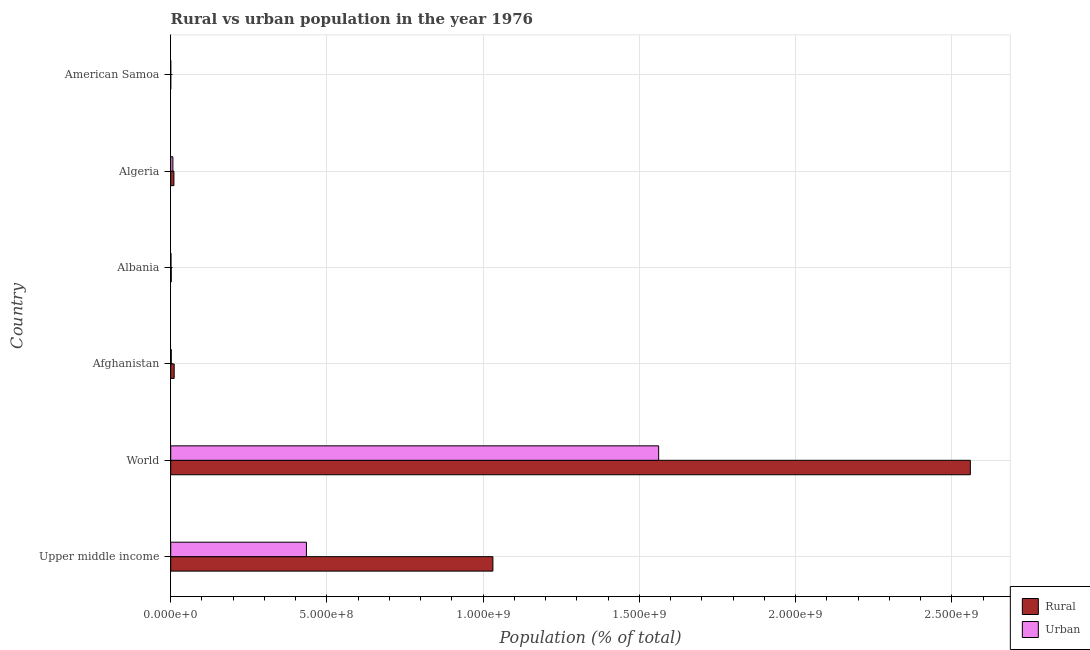
| Country | Rural | Urban |
 | --- | --- | --- |
 | Upper middle income | 1.03e+09 | 4.34e+08 |
 | World | 2.56e+09 | 1.56e+09 |
 | Afghanistan | 1.1e+07 | 1.8e+06 |
 | Albania | 1.65e+06 | 8.09e+05 |
 | Algeria | 1.02e+07 | 6.96e+06 |
 | American Samoa | 8.27e+03 | 2.21e+04 |